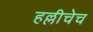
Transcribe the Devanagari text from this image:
हल्लीचेच